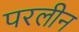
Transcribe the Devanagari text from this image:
परलीन